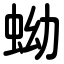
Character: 蚴